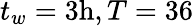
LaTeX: t_{w}=3\mathrm{h},T=36